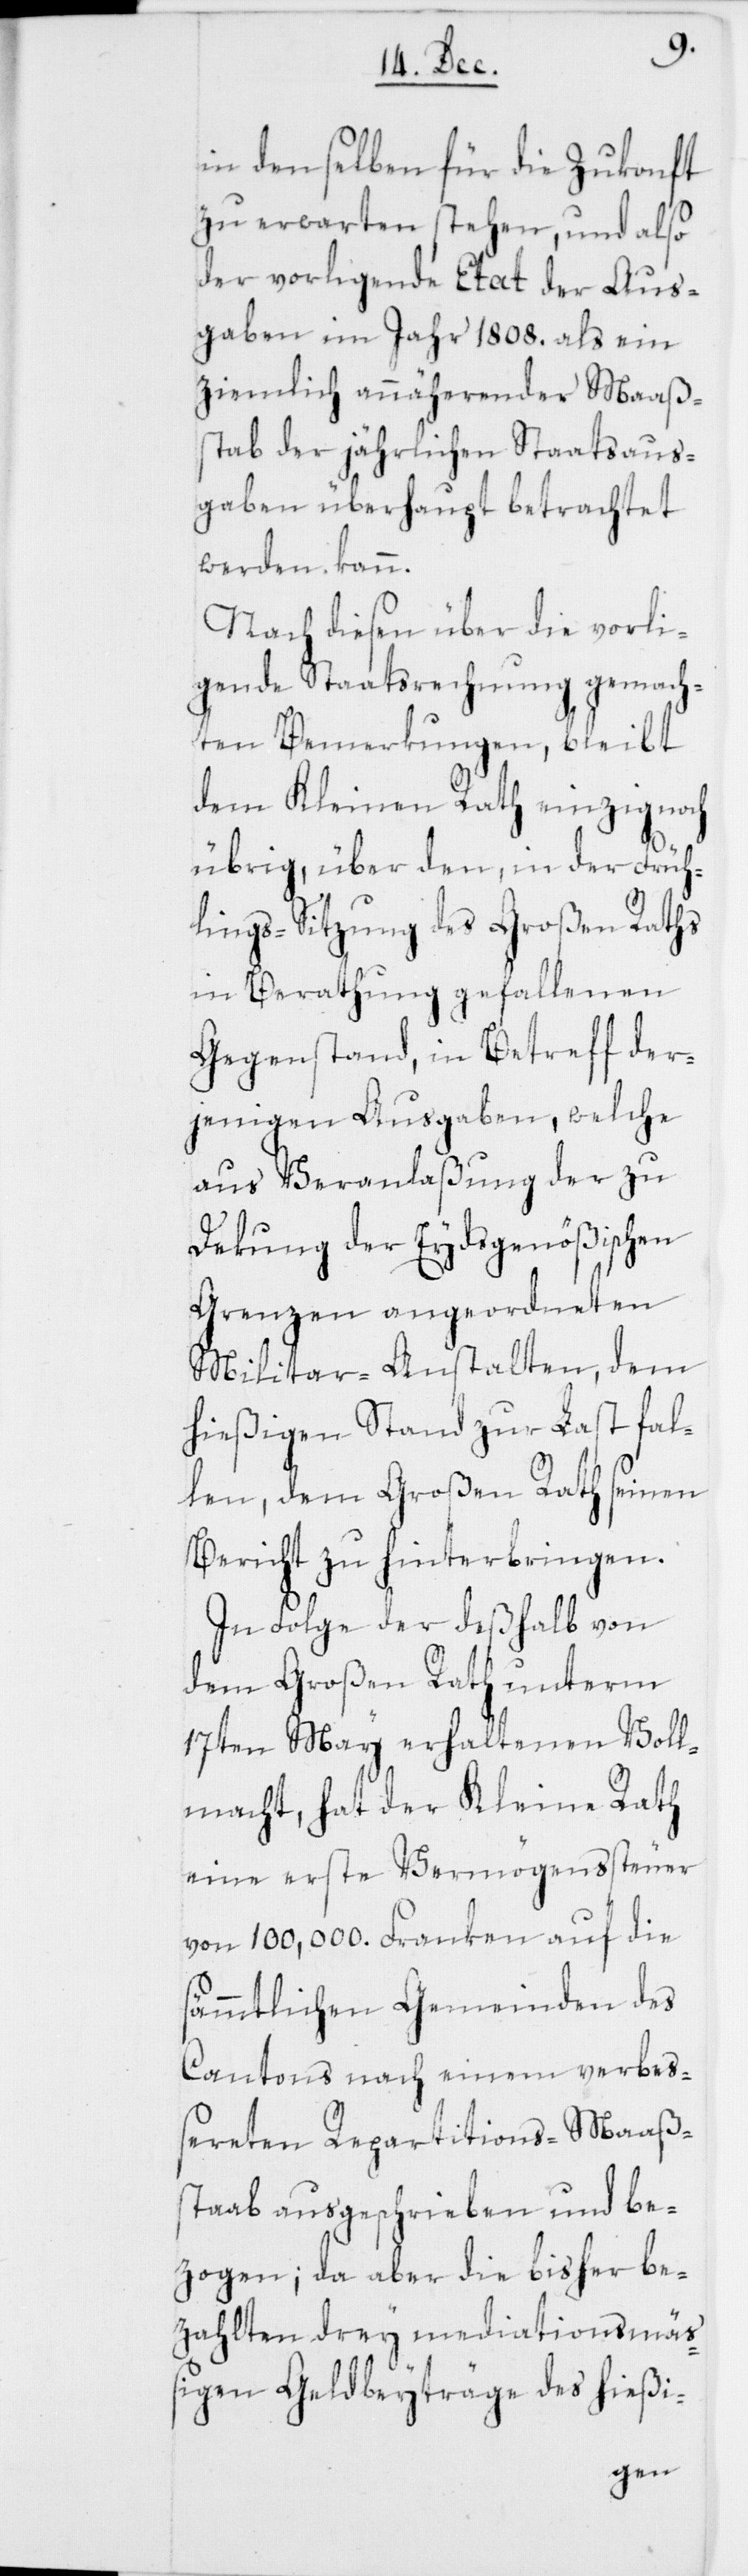
in denselben für die Zukonft
zu erwarten stehen, und also
der vorligende Etat der Aus¬
gaben im Jahr 1808. als ein
ziemlich annäherender Maaß¬
stab der jährlichen Staatsaus¬
gaben überhaupt betrachtet
werden kann.
Nach diesen über die vorli¬
gende Staatsrechnung gemach¬
ten Bemerkungen, bleibt
dem Kleinen Rath einzig noch
übrig, über den,
Früh¬
lings-Sitzung des Großen Raths
in Berathung gef¬
Gegenstand, in Betreff der¬
jenigen Ausgaben, welche
zu
aus Veranlaßung
schen
Dekung der Eydsg¬
be¬
Grenzen angeor¬
Militar-Anstal¬
fal¬
hießigen Stand zur
len, dem Großen
seinen
Bericht zu hinterbrin¬
gen.
In Folge der deßhalb
dem Großen Rath unterm
17ten May erhaltenen Voll¬
macht, hat der Kleine Rath
steuer
eine erste Vermög¬
von 100,000. Franken auf die
sämmtlichen Gemeinden des
Cantons nach einem verbes¬
sereten Repartitions-Maaß¬
stab ausgeschrieben und
zogen; da aber die bisher be¬
ionsmäs¬
zahlten drey mediat¬
sigen Geldbeyträge des